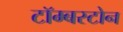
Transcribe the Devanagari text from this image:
टॉम्बस्टोन